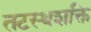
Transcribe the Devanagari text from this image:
तटस्थशक्ति